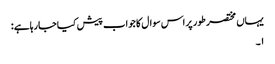
یہاں مختصر طور پر اس سوال کا جواب پیش کیاجارہاہے :
١۔